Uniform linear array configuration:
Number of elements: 24
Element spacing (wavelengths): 0.75
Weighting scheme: blackman
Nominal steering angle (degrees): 45
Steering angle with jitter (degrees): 43.272
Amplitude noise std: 0.05
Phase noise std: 0.05

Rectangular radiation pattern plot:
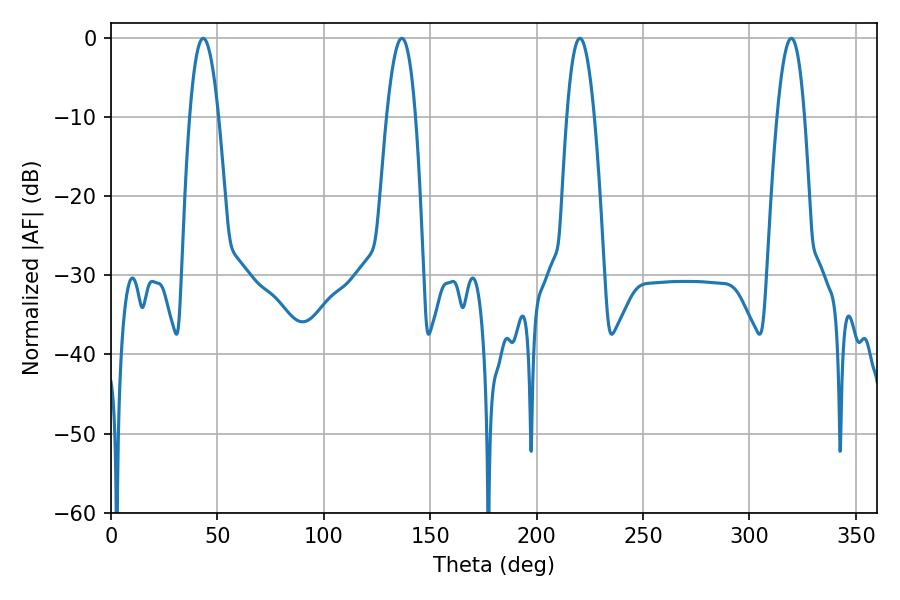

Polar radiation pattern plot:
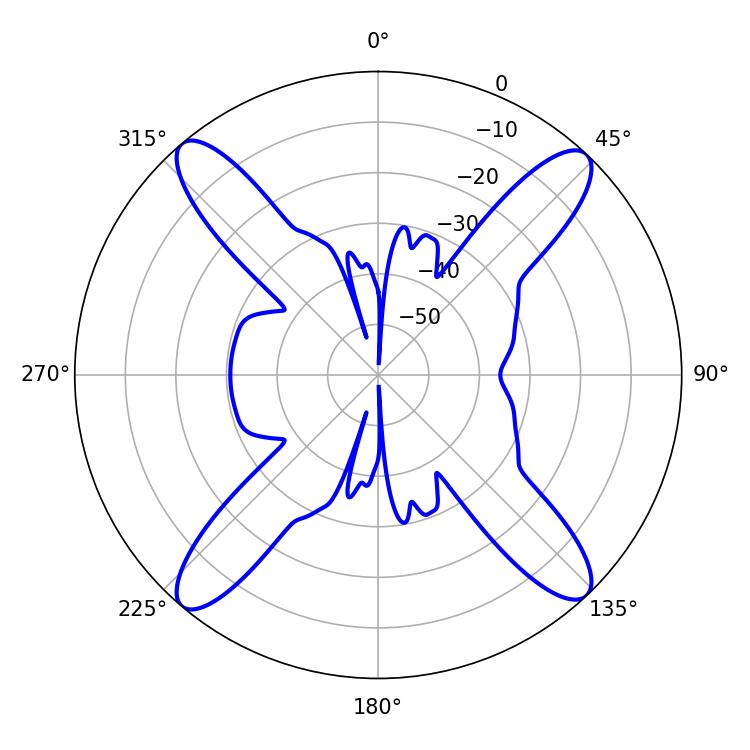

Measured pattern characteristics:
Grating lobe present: TRUE
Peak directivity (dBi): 20.001
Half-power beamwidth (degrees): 7.02
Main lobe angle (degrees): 220.32